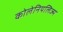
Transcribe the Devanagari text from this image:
कोलेनियलिज्म